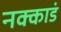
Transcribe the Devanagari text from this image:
नक्काडं